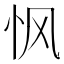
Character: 𮲂